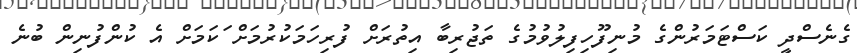
ގެނެސްދީ ކަސްޓަމަރުންގެ މުނިފޫހިފިލުވުމުގެ ތަޖުރިބާ އިތުރަށް ފުރިހަމަކުރުމަށް ަކަމަށް އެ ކުންފުނިން ބުނެ